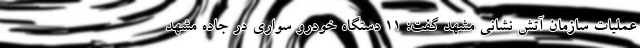
عملیات سازمان آتش نشانی مشهد گفت: ۱۱ دستگاه خودرو سواری در جاده مشهد